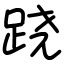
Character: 跷